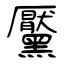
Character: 黶